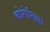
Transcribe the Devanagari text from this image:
कोरोनिल्ला